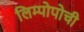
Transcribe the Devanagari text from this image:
लिम्पोपोची